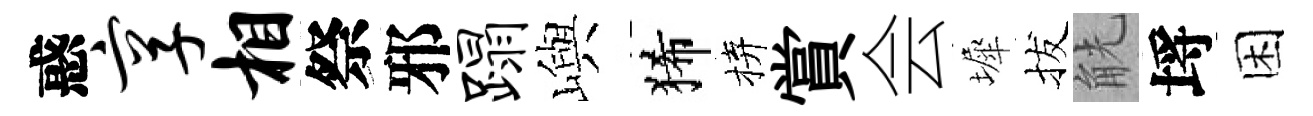
惑享相祭邪蹋嶼狶拚賞会墀拔觥埓困